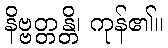
နိဗ္ဗတ္တန္တိ၊ ကုန်၏။